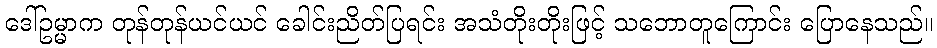
ဒေါ်ဥမ္မာက တုန်တုန်ယင်ယင် ခေါင်းညိတ်ပြရင်း အသံတိုးတိုးဖြင့် သဘောတူကြောင်း ပြောနေသည်။